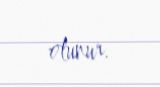
olunur.